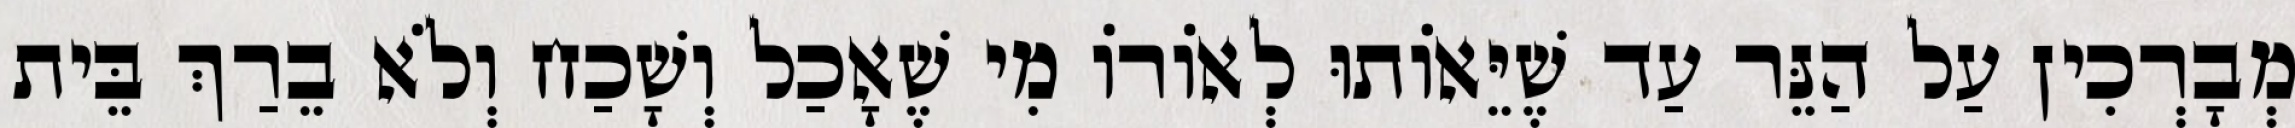
מְבָרְכִין עַל הַנֵּר עַד שֶׁיֵּאוֹתוּ לְאוֹרוֹ מִי שֶׁאָכַל וְשָׁכַח וְלֹא בֵרַךְ בֵּית